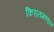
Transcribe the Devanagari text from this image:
किरातमण्डल